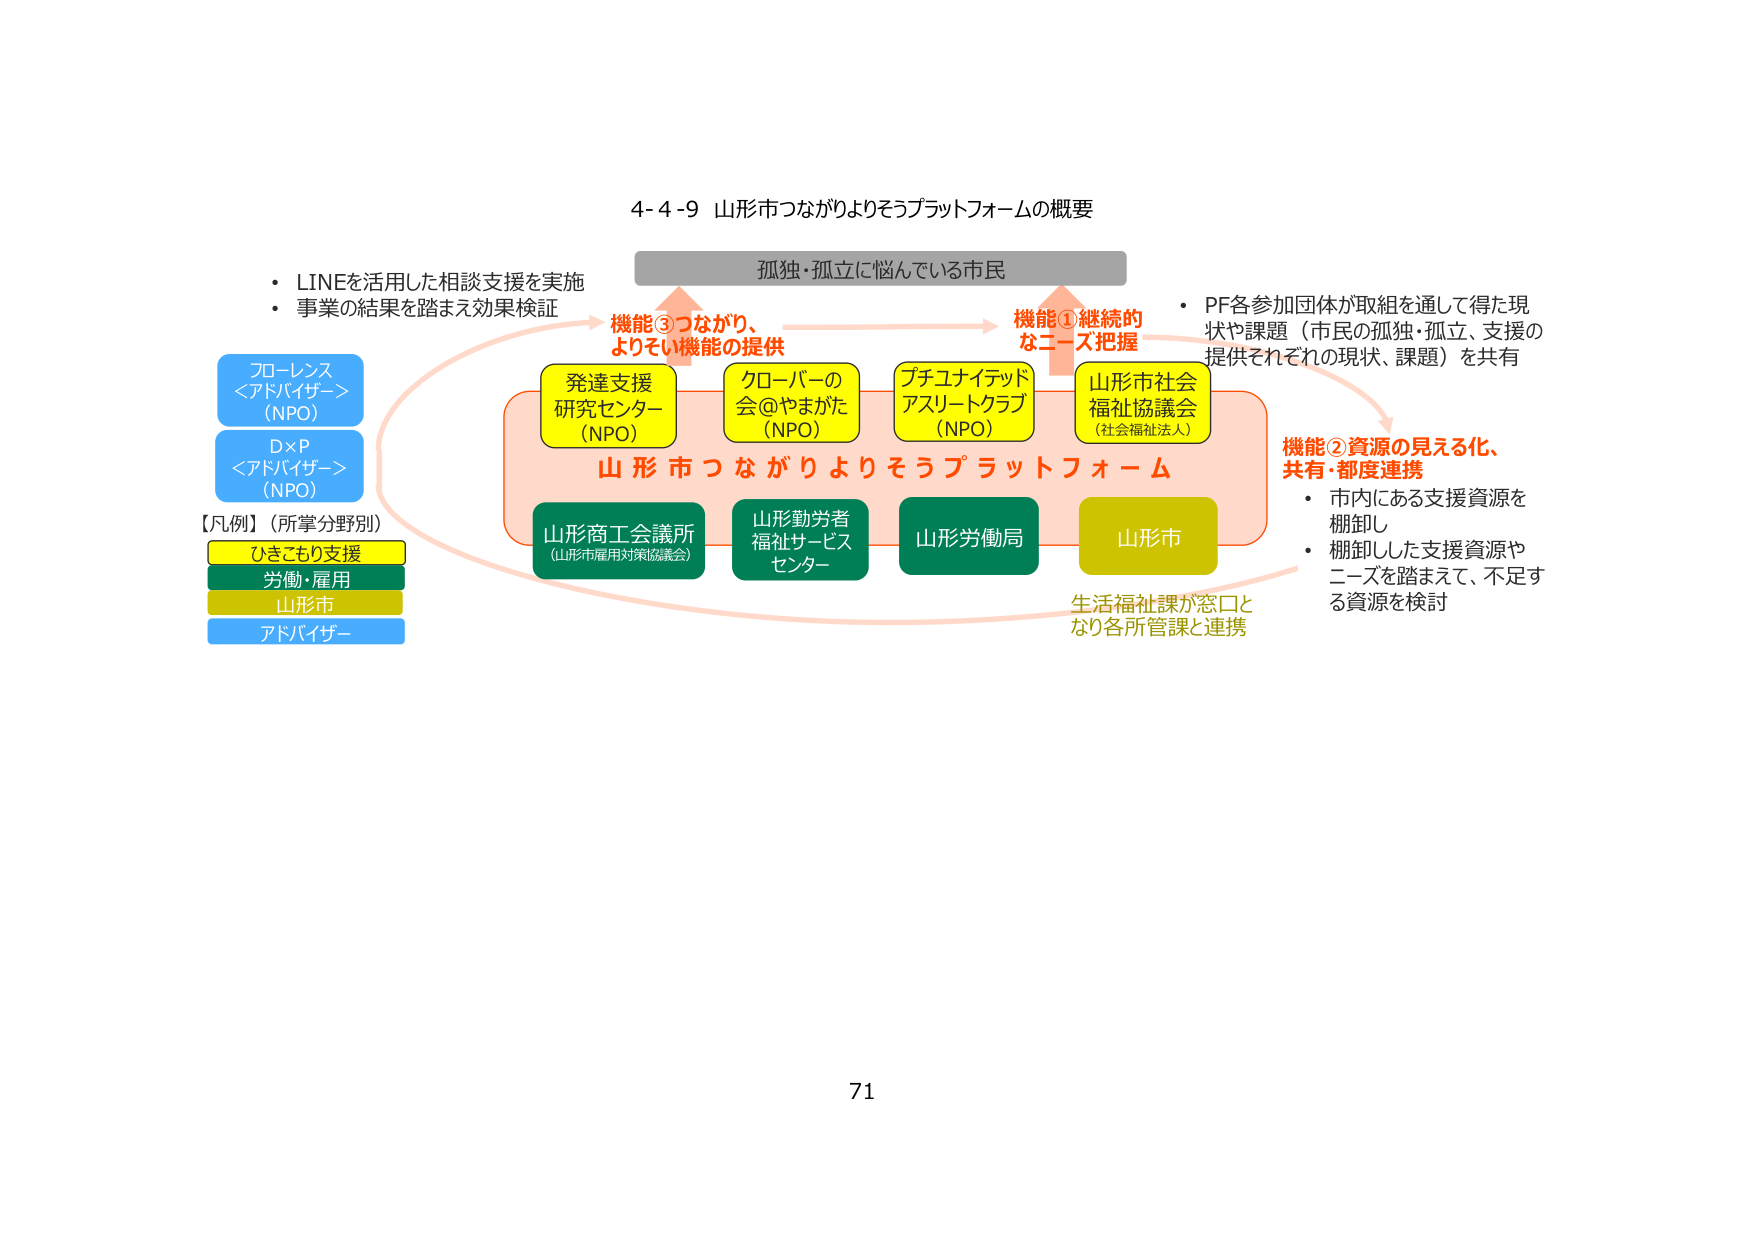
4-4-9 山形市つながりよりそうプラットフォームの概要

孤独・孤立に悩んでいる市民

機能③つながり、よりそい機能の提供
機能①継続的なニーズ把握

発達支援研究センター（NPO）
クローバーの会＠やまがた（NPO）
プチユナイテッドアスリートクラブ（NPO）
山形市社会福祉協議会（社会福祉法人）

山形市つながりよりそうプラットフォーム

山形商工会議所（山形市雇用対策協議会）
山形勤労者福祉サービスセンター
山形労働局
山形市

生活福祉課が窓口となり各所管課と連携

機能②資源の見える化、共有・都度連携
・市内にある支援資源を棚卸し
・棚卸しした支援資源やニーズを踏まえて、不足する資源を検討

PF各参加団体が取組を通して得た現状や課題（市民の孤独・孤立、支援の提供それぞれの現状、課題）を共有

・LINEを活用した相談支援を実施
・事業の結果を踏まえ効果検証

プローレンス＜アドバイザー＞（NPO）
D×P＜アドバイザー＞（NPO）

【凡例】（所掌分野別）
ひきこもり支援
労働・雇用
山形市
アドバイザー

71